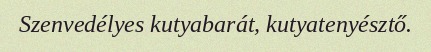
Szenvedélyes kutyabarát, kutyatenyésztő.